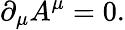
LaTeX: \partial_{\mu}A^{\mu}=0.